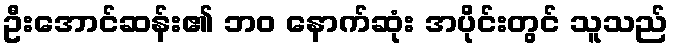
ဦးအောင်ဆန်း၏ ဘဝ နောက်ဆုံး အပိုင်းတွင် သူသည်